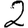
Digit: 2